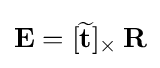
\mathbf {E} =[\mathbf {\widetilde {t}} ]_{\times }\,\mathbf {R}